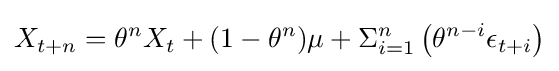
X_{t+n}=\theta ^{n}X_{t}+(1-\theta ^{n})\mu +\Sigma _{i=1}^{n}\left(\theta ^{n-i}\epsilon _{t+i}\right)